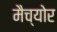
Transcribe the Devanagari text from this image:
मैच्योर